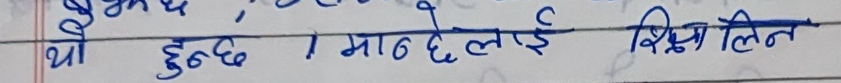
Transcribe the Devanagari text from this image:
यो हुन्छ । मान्छेलाई शिक्षा लिन